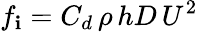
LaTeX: f_{\mathbf{i}}=C_{d}\, \rho\, hD\, U^{2}